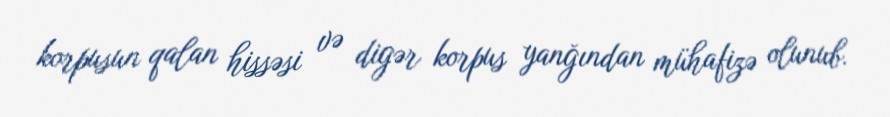
korpusun qalan hissəsi və digər korpus yanğından mühafizə olunub.